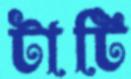
টাটি